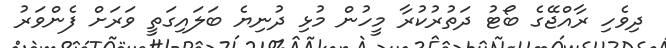
ދިވެހި ރާއްޖޭގެ ބޯޓު ދަތުރުކުރާ މީހުން މުޅި ދުނިޔެ ބަލައިގަތީ ވަރަށް ފެންވަރު